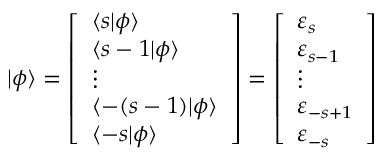
| \phi \rangle = { \left[ \begin{array} { l } { \langle s | \phi \rangle } \\ { \langle s - 1 | \phi \rangle } \\ { \vdots } \\ { \langle - ( s - 1 ) | \phi \rangle } \\ { \langle - s | \phi \rangle } \end{array} \right] } = { \left[ \begin{array} { l } { \varepsilon _ { s } } \\ { \varepsilon _ { s - 1 } } \\ { \vdots } \\ { \varepsilon _ { - s + 1 } } \\ { \varepsilon _ { - s } } \end{array} \right] }